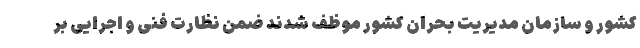
کشور و سازمان مدیریت بحران کشور موظف شدند ضمن نظارت فنی و اجرایی بر